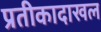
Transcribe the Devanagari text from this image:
प्रतीकादाखल